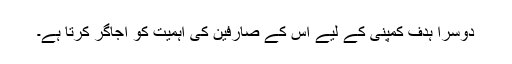
دوسرا ہدف کمپنی کے لیے اس کے صارفین کی اہمیت کو اجاگر کرتا ہے۔